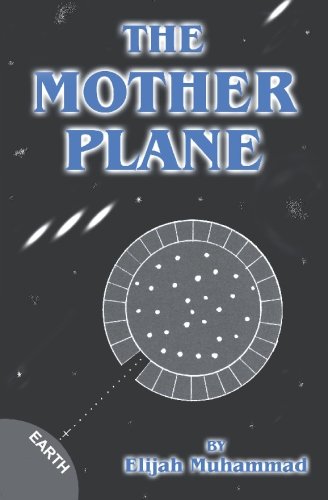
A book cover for The Mother Plane; Elijah Muhammad; Religion & Spirituality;